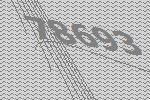
78693